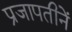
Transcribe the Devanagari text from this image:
प्रजापतीनें